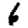
Digit: 6